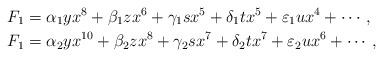
LaTeX: \begin{align*}F_1 &= \alpha_1 y x^8 + \beta_1 z x^6 + \gamma_1 s x^5 + \delta_1 t x^5 + \varepsilon_1 u x^4 + \cdots, \\F_1 &= \alpha_2 y x^{10} + \beta_2 z x^8 + \gamma_2 s x^7 + \delta_2 t x^7 + \varepsilon_2 u x^6 + \cdots,\end{align*}